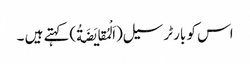
اس کو بارٹر سیل(اَلْمُقایَضَةُ)کہتے ہیں ۔